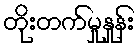
တိုးတက်မှုနှုန်း